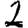
Digit: 2